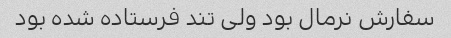
سفارش نرمال بود ولی تند فرستاده شده بود